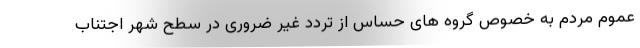
عموم مردم به خصوص گروه های حساس از تردد غیر ضروری در سطح شهر اجتناب